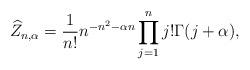
LaTeX: \begin{align*}\displaystyle \widehat Z_{n,\alpha} = \frac{1}{n!}n^{-n^{2}-\alpha n} \prod_{j=1}^{n} j! \Gamma(j+\alpha),\end{align*}